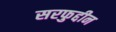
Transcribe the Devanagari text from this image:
सरफुद्दीन